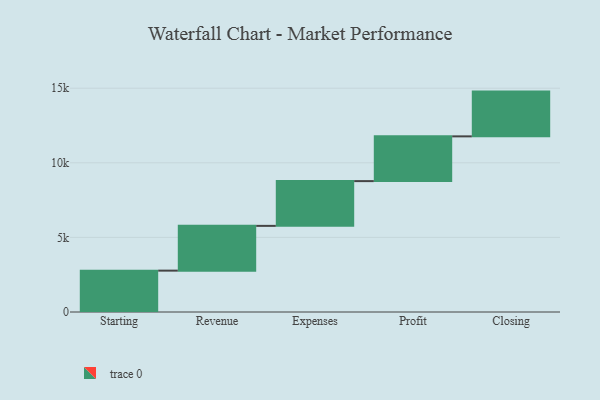
{"axis": {"x": "Step", "y": "Value"}, "legend": [""], "data": [{"x": "Starting", "y": 2773.0, "type": ""}, {"x": "Revenue", "y": 3000, "type": ""}, {"x": "Expenses", "y": 3000, "type": ""}, {"x": "Profit", "y": 3000, "type": ""}, {"x": "Closing", "y": 3000, "type": ""}]}